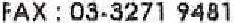
FAX : 03-3271 9481